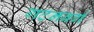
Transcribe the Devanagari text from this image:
गटनबर्ग